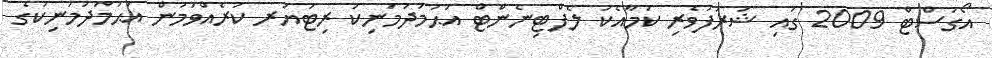
އޯގަސްޓް 2009 ގައި ޝަރަފުވެރި ކަމާއެކު ލެފްޓިނެންޓް އަޙުމަދުމަނިކުުު ރިޓަޔަރ ކުރެއްވުމުން އަޙުމަދުމަނިކުގެ